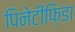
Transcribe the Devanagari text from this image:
पिनेटीफ़िडा